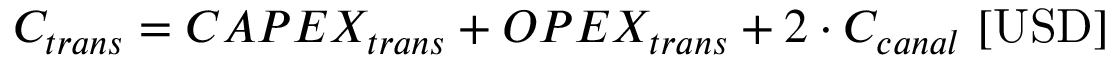
C _ { t r a n s } = C A P E X _ { t r a n s } + O P E X _ { t r a n s } + 2 \cdot C _ { c a n a l } \ [ \mathrm { U S D } ]